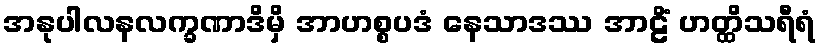
အနုပါလနလက္ခဏာဒိမှိ အာဟစ္စပဒံ နေသာဒဿ အာဠိံ ဟတ္ထိသရီရံ